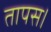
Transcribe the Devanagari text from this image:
तापस।